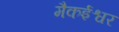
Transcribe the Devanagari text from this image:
मैकईश्वर